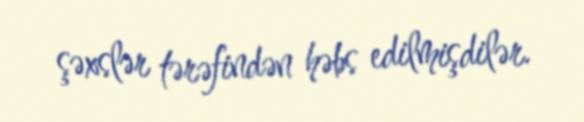
şəxslər tərəfindən həbs edilmişdilər.